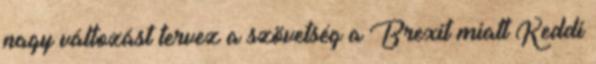
nagy változást tervez a szövetség a Brexit miatt Keddi